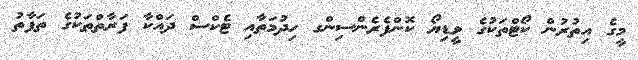
މީގެ އިތުރުން ކޯޓްތަކުގެ ވީޑިޔޯ ކޮންފެރެންސިންގ ހިދުމަތާއި ޓެކްސް ދައްކާ ފަރާތްތަކުގެ ތަފާތު